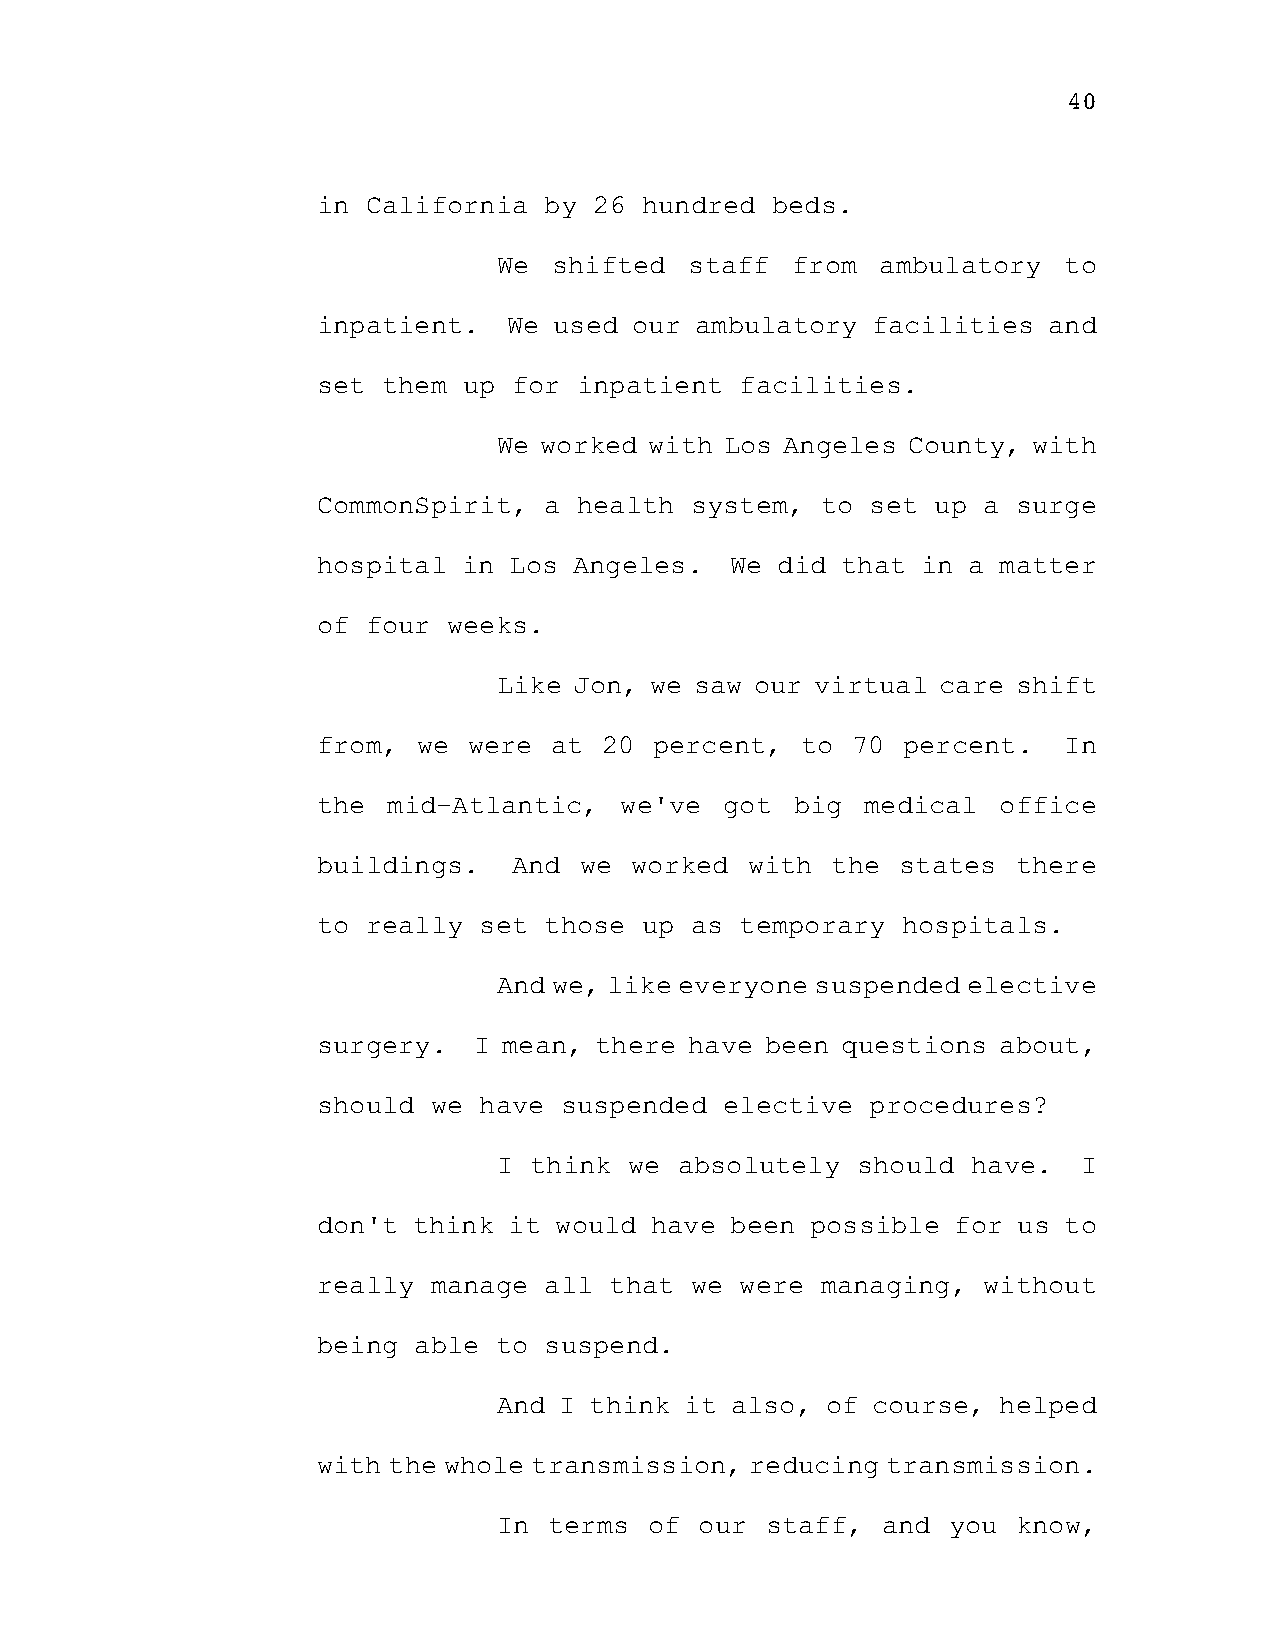
40
 in California  by 26  hundred beds.
 We  shifted  staff from  ambulatory  to
 inpatient.   We used our ambulatory  facilities and
 set them  up for inpatient  facilities.
 We worked with Los Angeles County, with
 CommonSpirit,  a health  system, to  set up a surge
 hospital  in Los Angeles.  We did  that in a matter
 of four  weeks.
 Like Jon, we saw our virtual care shift
 from,  we were at  20 percent,  to 70  percent.  In
 the  mid-Atlantic,  we've  got  big medical  office
 buildings.   And we  worked with  the  states there
 to really  set those  up as temporary  hospitals.
 And we, like everyone suspended elective
 surgery.  I mean, there  have been questions about,
 should  we have suspended  elective  procedures?
 I think  we absolutely  should have.   I
 don't think  it would have been  possible for us to
 really  manage all that  we were managing,  without
 being able  to suspend.
 And I think it also,  of course, helped
 with the whole transmission, reducing transmission.
 In terms  of our  staff, and  you know,